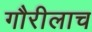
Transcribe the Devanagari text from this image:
गौरीलाच